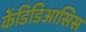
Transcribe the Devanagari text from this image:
केंडिडिआसिस